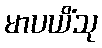
မာပယိံသု